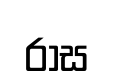
රාස